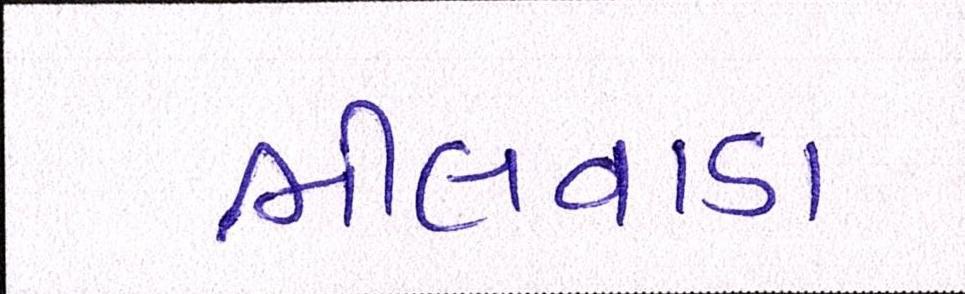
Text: ભીલવાડા